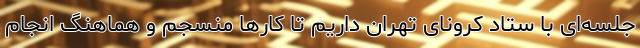
جلسه‌ای با ستاد کرونای تهران داریم تا کار‌ها منسجم و هماهنگ انجام